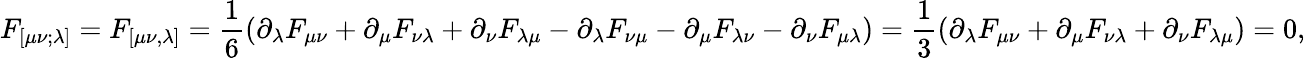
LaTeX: F_{[\mu\nu;\lambda]}=F_{[\mu\nu,\lambda]}={\frac{1}{6}}(\partial_{\lambda}F_{\mu\nu}+\partial_{\mu}F_{\nu\lambda}+\partial_{\nu}F_{\lambda\mu}-\partial_{\lambda}F_{\nu\mu}-\partial_{\mu}F_{\lambda\nu}-\partial_{\nu}F_{\mu\lambda})={\frac{1}{3}}(\partial_{\lambda}F_{\mu\nu}+\partial_{\mu}F_{\nu\lambda}+\partial_{\nu}F_{\lambda\mu})=0,